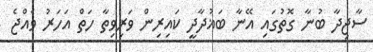
ސާޖިދާ ބުނާ ގޮތުގައި އޭނާ ބަޣުދާދީ ކައިރިން ވަރިވިތާ ހަތް އަހަރު ވެއްޖެ